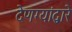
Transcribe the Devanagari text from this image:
देणग्यांद्वारे